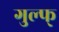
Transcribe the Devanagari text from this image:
गुल्फ्